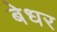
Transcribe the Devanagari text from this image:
बेधर